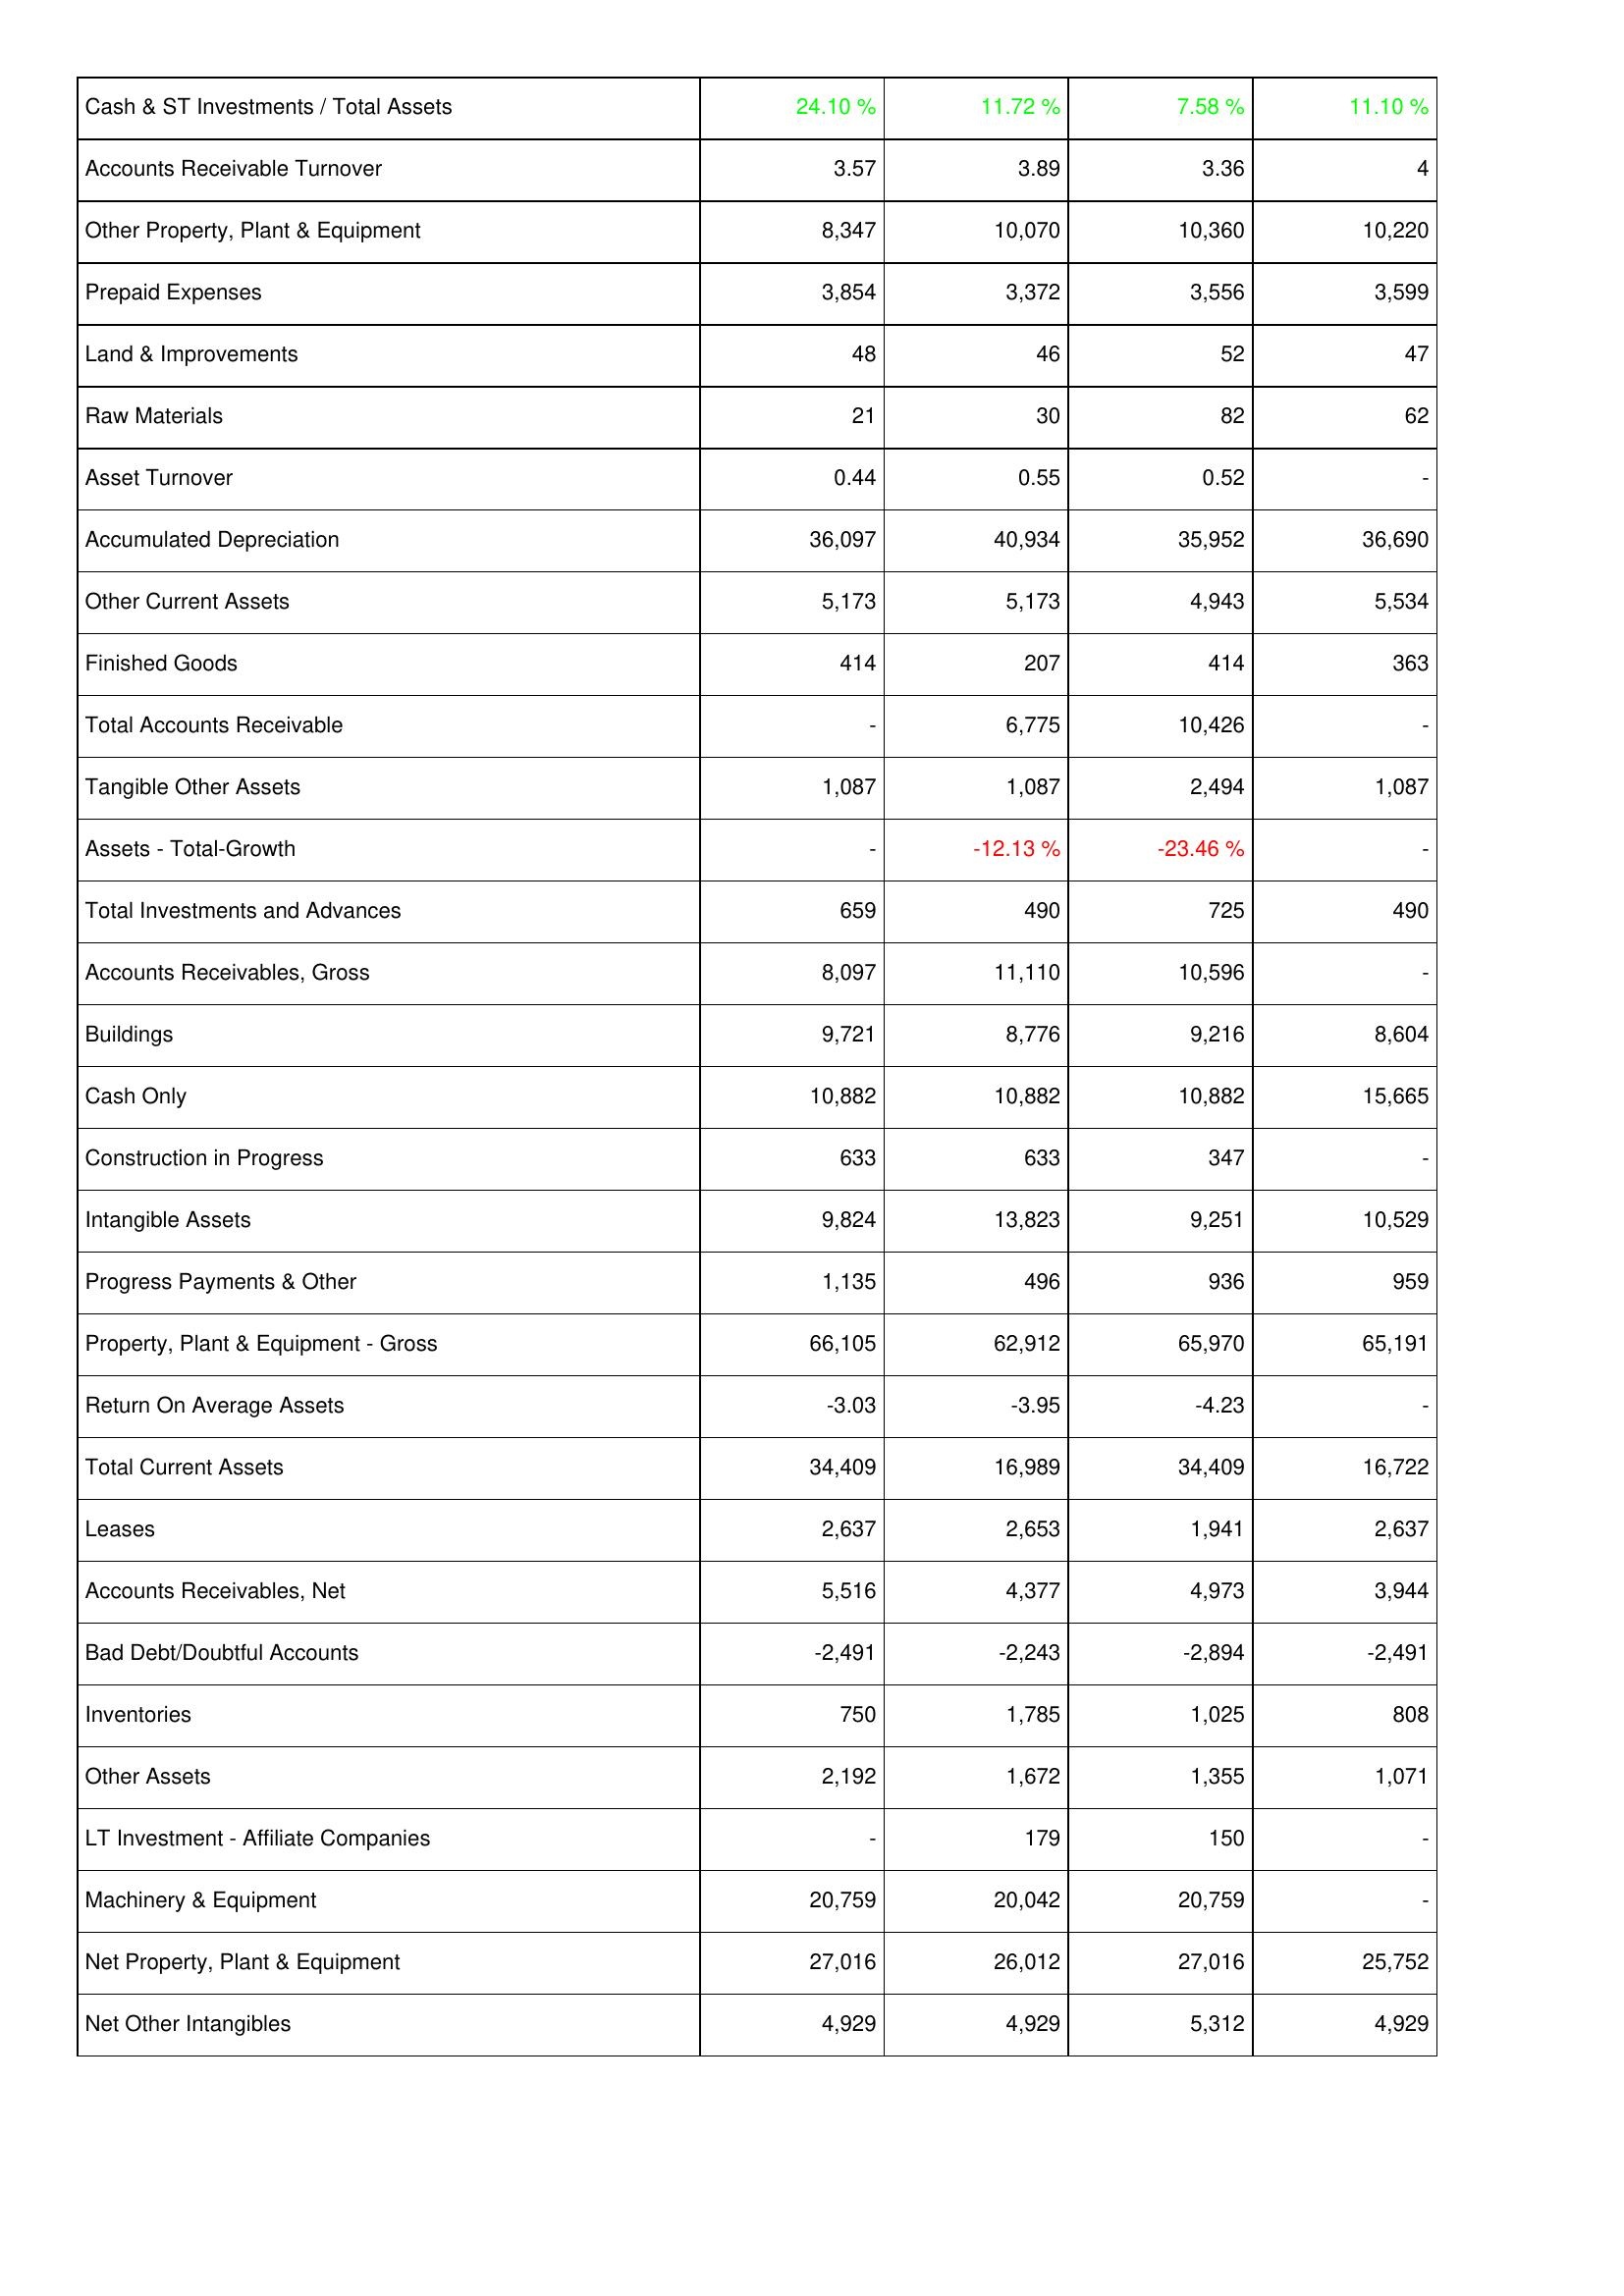
2016: Assets: Cash & ST Investments / Total Assets: 24.10 %
Accounts Receivable Turnover: 3.57
Other Property, Plant & Equipment: 8,347
Prepaid Expenses: 3,854
Land & Improvements: 48
Raw Materials: 21
Asset Turnover: 0.44
Accumulated Depreciation: 36,097
Other Current Assets: 5,173
Finished Goods: 414
Total Accounts Receivable: -
Tangible Other Assets: 1,087
Assets - Total-Growth: -
Total Investments and Advances: 659
Accounts Receivables, Gross: 8,097
Buildings: 9,721
Cash Only: 10,882
Construction in Progress: 633
Intangible Assets: 9,824
Progress Payments & Other: 1,135
Property, Plant & Equipment - Gross: 66,105
Return On Average Assets: -3.03
Total Current Assets: 34,409
Leases: 2,637
Accounts Receivables, Net: 5,516
Bad Debt/Doubtful Accounts: -2,491
Inventories: 750
Other Assets: 2,192
LT Investment - Affiliate Companies: -
Machinery & Equipment: 20,759
Net Property, Plant & Equipment: 27,016
Net Other Intangibles: 4,929
2017: Assets: Cash & ST Investments / Total Assets: 11.72 %
Accounts Receivable Turnover: 3.89
Other Property, Plant & Equipment: 10,070
Prepaid Expenses: 3,372
Land & Improvements: 46
Raw Materials: 30
Asset Turnover: 0.55
Accumulated Depreciation: 40,934
Other Current Assets: 5,173
Finished Goods: 207
Total Accounts Receivable: 6,775
Tangible Other Assets: 1,087
Assets - Total-Growth: -12.13 %
Total Investments and Advances: 490
Accounts Receivables, Gross: 11,110
Buildings: 8,776
Cash Only: 10,882
Construction in Progress: 633
Intangible Assets: 13,823
Progress Payments & Other: 496
Property, Plant & Equipment - Gross: 62,912
Return On Average Assets: -3.95
Total Current Assets: 16,989
Leases: 2,653
Accounts Receivables, Net: 4,377
Bad Debt/Doubtful Accounts: -2,243
Inventories: 1,785
Other Assets: 1,672
LT Investment - Affiliate Companies: 179
Machinery & Equipment: 20,042
Net Property, Plant & Equipment: 26,012
Net Other Intangibles: 4,929
2018: Assets: Cash & ST Investments / Total Assets: 7.58 %
Accounts Receivable Turnover: 3.36
Other Property, Plant & Equipment: 10,360
Prepaid Expenses: 3,556
Land & Improvements: 52
Raw Materials: 82
Asset Turnover: 0.52
Accumulated Depreciation: 35,952
Other Current Assets: 4,943
Finished Goods: 414
Total Accounts Receivable: 10,426
Tangible Other Assets: 2,494
Assets - Total-Growth: -23.46 %
Total Investments and Advances: 725
Accounts Receivables, Gross: 10,596
Buildings: 9,216
Cash Only: 10,882
Construction in Progress: 347
Intangible Assets: 9,251
Progress Payments & Other: 936
Property, Plant & Equipment - Gross: 65,970
Return On Average Assets: -4.23
Total Current Assets: 34,409
Leases: 1,941
Accounts Receivables, Net: 4,973
Bad Debt/Doubtful Accounts: -2,894
Inventories: 1,025
Other Assets: 1,355
LT Investment - Affiliate Companies: 150
Machinery & Equipment: 20,759
Net Property, Plant & Equipment: 27,016
Net Other Intangibles: 5,312
2019: Assets: Cash & ST Investments / Total Assets: 11.10 %
Accounts Receivable Turnover: 4
Other Property, Plant & Equipment: 10,220
Prepaid Expenses: 3,599
Land & Improvements: 47
Raw Materials: 62
Asset Turnover: -
Accumulated Depreciation: 36,690
Other Current Assets: 5,534
Finished Goods: 363
Total Accounts Receivable: -
Tangible Other Assets: 1,087
Assets - Total-Growth: -
Total Investments and Advances: 490
Accounts Receivables, Gross: -
Buildings: 8,604
Cash Only: 15,665
Construction in Progress: -
Intangible Assets: 10,529
Progress Payments & Other: 959
Property, Plant & Equipment - Gross: 65,191
Return On Average Assets: -
Total Current Assets: 16,722
Leases: 2,637
Accounts Receivables, Net: 3,944
Bad Debt/Doubtful Accounts: -2,491
Inventories: 808
Other Assets: 1,071
LT Investment - Affiliate Companies: -
Machinery & Equipment: -
Net Property, Plant & Equipment: 25,752
Net Other Intangibles: 4,929